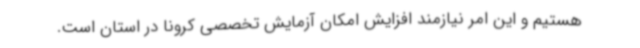
هستیم و این امر نیازمند افزایش امکان آزمایش تخصصی کرونا در استان است.